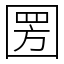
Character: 圐